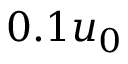
0 . 1 u _ { 0 }